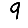
Digit: 9